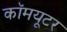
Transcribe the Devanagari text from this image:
कॉमयूटर